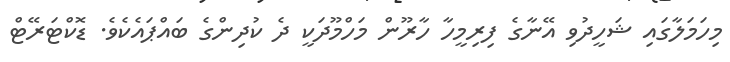
މިހަމަލާގައި ޝަހީދުވި އޭނާގެ ފިރިމީހާ ހާރޫން މަހްމޫދަކީ ދެ ކުދިންގެ ބައްޕައެކެވެ. ޑޮކްޓަރޭޓް